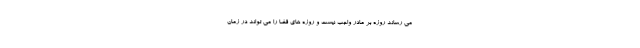
می رساند روزه بر مادر واجب نیست و روزه های قضا را می تواند در زمان